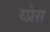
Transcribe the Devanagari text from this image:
य्प्रेस